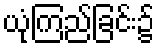
ယုံကြည်ခြင်း၌